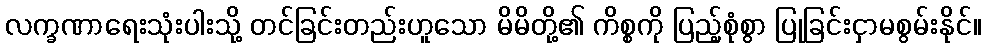
လက္ခဏာရေးသုံးပါးသို့ တင်ခြင်းတည်းဟူသော မိမိတို့၏ ကိစ္စကို ပြည့်စုံစွာ ပြုခြင်းငှာမစွမ်းနိုင်။